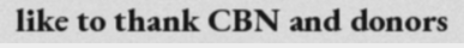
like to thank CBN and donors